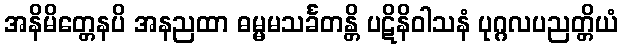
အနိမိတ္တေနပိ အနညထာ ဓမ္မမသင်္ခတန္တိ ပဋိနိဝါသနံ ပုဂ္ဂလပညတ္တိယံ